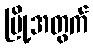
မြို့အတွက်